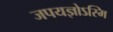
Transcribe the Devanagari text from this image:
जपयज्ञोऽस्मि